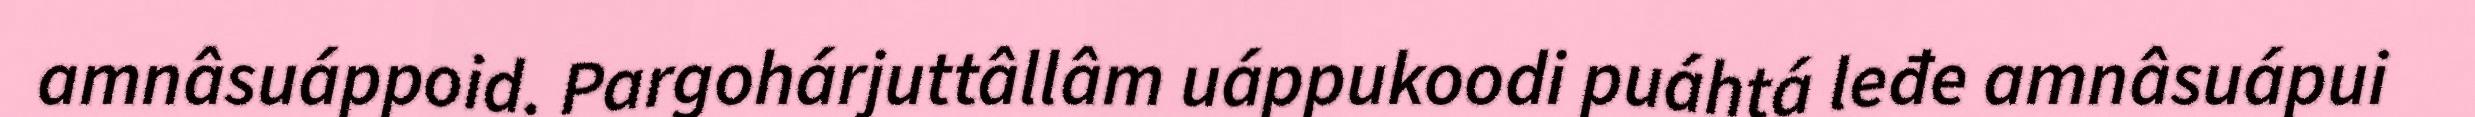
amnâsuáppoid. Pargohárjuttâllâm uáppukoodi puáhtá leđe amnâsuápui